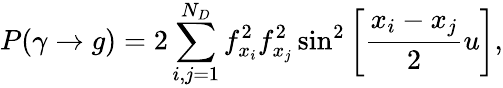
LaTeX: P(\gamma\rightarrow g)=2\sum_{i,j=1}^{N_{D}}f_{x_{i}}^{2}f_{x_{j}}^{2}\sin^{2}\left[\frac{x_{i}-x_{j}}{2}u\right],